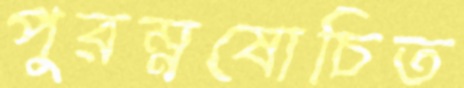
পুরম্নষোচিত